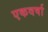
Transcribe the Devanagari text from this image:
एकवर्षा